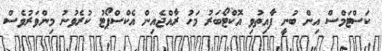
ކަސްޓަމްސް އިން ބުނީ ފާއިތުވި އޮކްޓޯބަރު މަހު ރާއްޖެއިން އެކްސްޕޯޓު ކުރެވުނު މިންވަރުވެސް